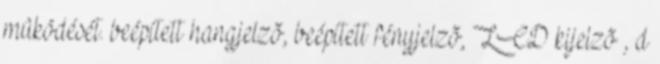
mûködését. beépített hangjelzõ, beépített fényjelzõ, LCD kijelzõ , d